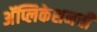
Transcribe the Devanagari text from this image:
अॅप्लिकेशनची